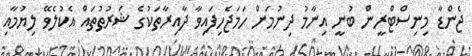
ޖެންޑާ މިނިސްޓްރީން ބުނީ އިނާމު ދިނުމަށް ހަމަޖެހިފައިވާ ދާއިރާތަކުގެ ޝަރުޠުތައް އެކުލެވޭ ލިޔުމާއި